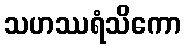
သဟဿရံသိကော